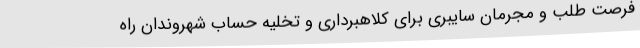
فرصت طلب و مجرمان سایبری برای کلاهبرداری و تخلیه حساب شهروندان راه